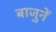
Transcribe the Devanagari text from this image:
बाजुनें